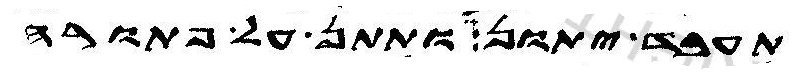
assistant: תעבד יתון ותתן על פתורה